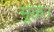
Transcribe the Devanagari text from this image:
मूळ।